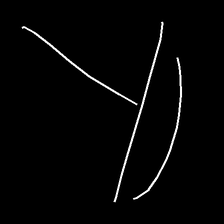
Glyph: dispersion